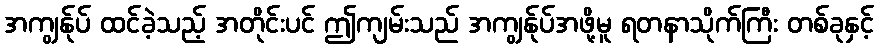
အကျွန်ုပ် ထင်ခဲ့သည့် အတိုင်းပင် ဤကျမ်းသည် အကျွန်ုပ်အဖို့မူ ရတနာသိုက်ကြီး တစ်ခုနှင့်